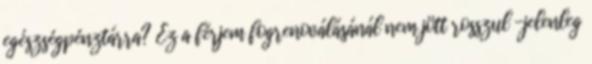
egészségpénztárra? Ez a férjem fogrenoválásánál nem jött rosszul -jelenleg